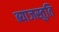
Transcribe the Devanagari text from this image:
ब्याजस्तुति